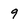
Character: 9